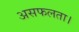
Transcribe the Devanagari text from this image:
असफलता।